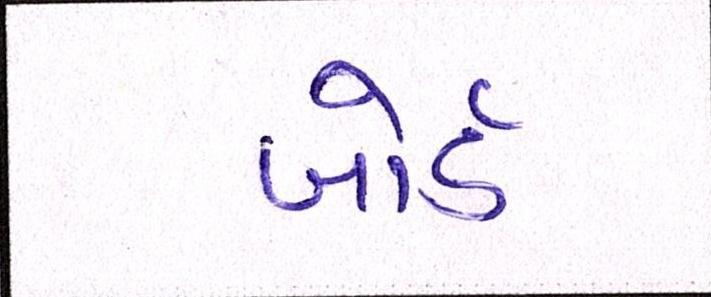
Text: બોર્ડ